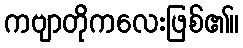
ကဗျာတိုကလေးဖြစ်၏။